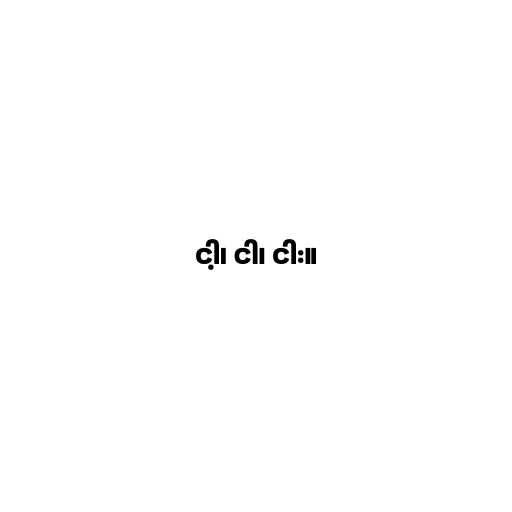
ငါ့၊ ငါ၊ ငါး။